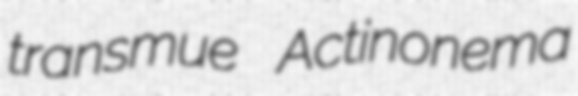
transmue Actinonema